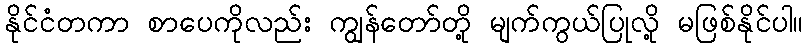
နိုင်ငံတကာ စာပေကိုလည်း ကျွန်တော်တို့ မျက်ကွယ်ပြုလို့ မဖြစ်နိုင်ပါ။